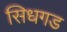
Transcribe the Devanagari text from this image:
सिधगड